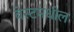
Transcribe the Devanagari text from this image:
बेस्टमधील